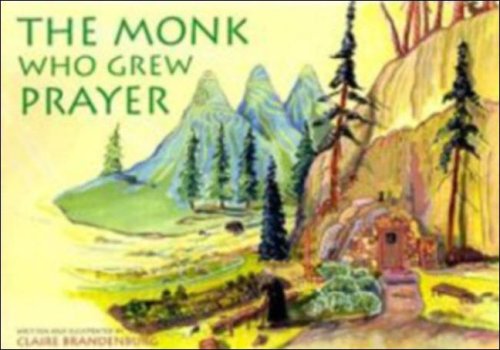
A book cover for The Monk Who Grew Prayer; Claire Brandenburg; Christian Books & Bibles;